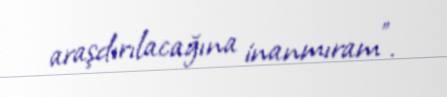
araşdırılacağına inanmıram”.